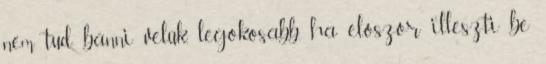
nem tud bánni velük, legokosabb, ha először illeszti be